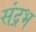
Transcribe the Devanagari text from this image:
संद्रभ